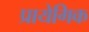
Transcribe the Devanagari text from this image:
प्रायेगिक